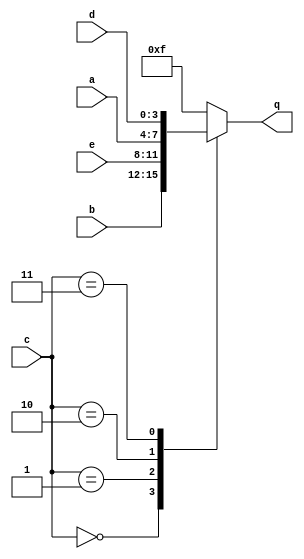
module circuit5 (
    input   [3 : 0]     a,
    input   [3 : 0]     b,
    input   [3 : 0]     c,
    input   [3 : 0]     d,
    input   [3 : 0]     e,
    output  [3 : 0]     q
);

    always @ (*) begin
        case (c)
            0 : q = b;
            1 : q = e;
            2 : q = a;
            3 : q = d;
            default : q = 4'b1111;
        endcase
    end
    

endmodule